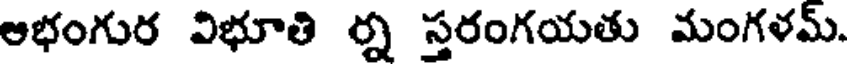
ఆభంగుర విభూతి ర్న స్తరంగయతు మంగళమ్.